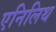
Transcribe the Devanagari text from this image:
एनिलिथ